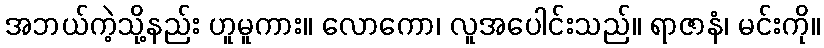
အဘယ်ကဲ့သို့နည်း ဟူမူကား။ လောကော၊ လူအပေါင်းသည်။ ရာဇာနံ၊ မင်းကို။